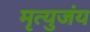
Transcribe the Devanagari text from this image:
मृत्युजंय